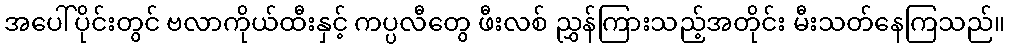
အပေါ်ပိုင်းတွင် ဗလာကိုယ်ထီးနှင့် ကပ္ပလီတွေ ဖီးလစ် ညွှန်ကြားသည့်အတိုင်း မီးသတ်နေကြသည်။